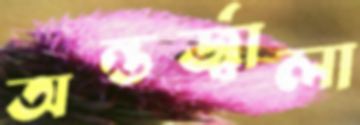
অন্তর্জ্বালা